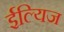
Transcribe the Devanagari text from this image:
ईल्यिज